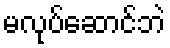
မလုပ်ဆောင်ဘဲ